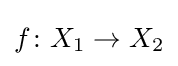
f\colon X_{1}\to X_{2}